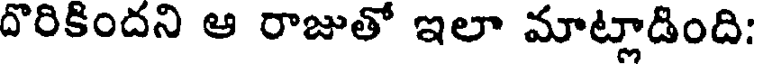
దొరికిందని ఆ రాజుతో ఇలా మాట్లాడింది: